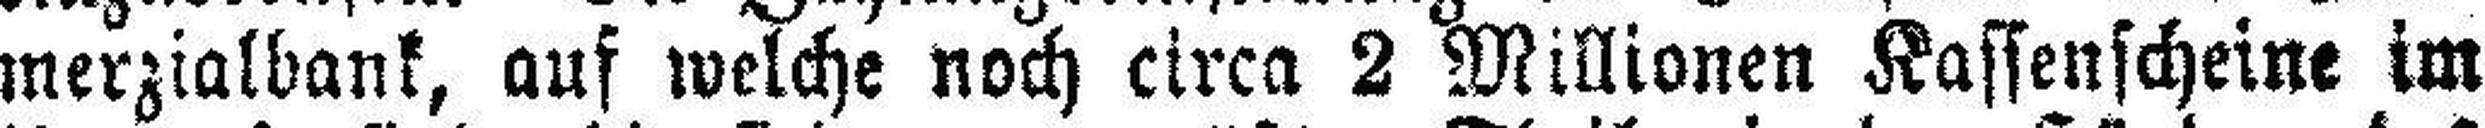
merzialbank, auf welche noch circa 2 Millionen Kassenscheine im